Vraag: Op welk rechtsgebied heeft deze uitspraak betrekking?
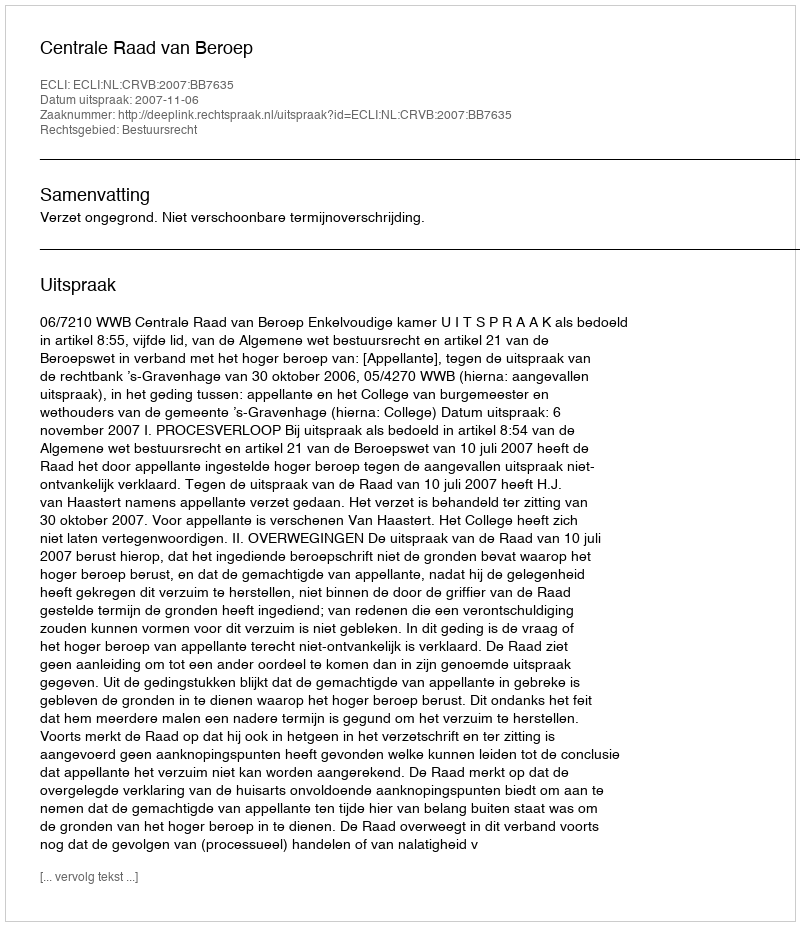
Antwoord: Bestuursrecht